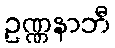
ဥဏ္ဏနာဘီ